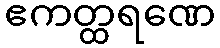
ဧကတ္ထရဏေ